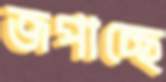
জপাচ্ছে